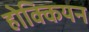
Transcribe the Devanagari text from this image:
होक्कियन